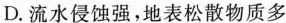
D.流水侵蚀强，地表松散物质多